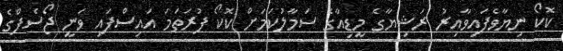
ކޮކޯ ނިޔާވެފައިވާއިރު ރަޝިޔާގެ މީޑިއާގެ ސަމާލުކަމަށް ކޮކޯ ފުރަތަމަ އައިސްފައި ވަނީ ޖޯސެފްގެ